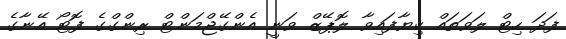
ފަދަ ހިޓް ލަވަތައް ކިޔާފައިވާ ލޮޕޭޒް ވަނީ އެންގޭޖްމަންޓް ރިންގްގެ ފޮޓޯ އޭނާގެ